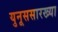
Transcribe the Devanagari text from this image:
युनूससारख्या